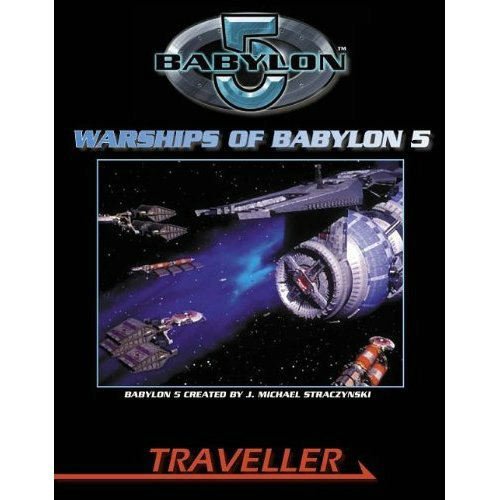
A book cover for Warships of Babylon 5 (Traveller); Bryan Steele; Science Fiction & Fantasy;